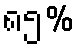
၈၅%